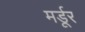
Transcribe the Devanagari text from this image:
मर्डूर